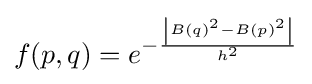
f(p,q)=e^{-{{\left\vert B(q)^{2}-B(p)^{2}\right\vert } \over h^{2}}}